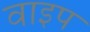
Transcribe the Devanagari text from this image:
वाइप